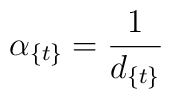
\alpha_{\{t\}}={1\over d_{\{t\}}}